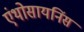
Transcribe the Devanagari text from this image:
एंथोसायनिंस